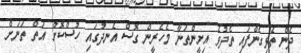
ދެން ތެޅިގެންފައި ތެދުވެ އިށީންތަނާ މެހެރީން ގޮސް އެނދުގައި ހުސްކޮށް އަތް ތަނަށް